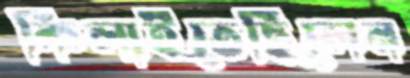
কিলাইতেছিলেন